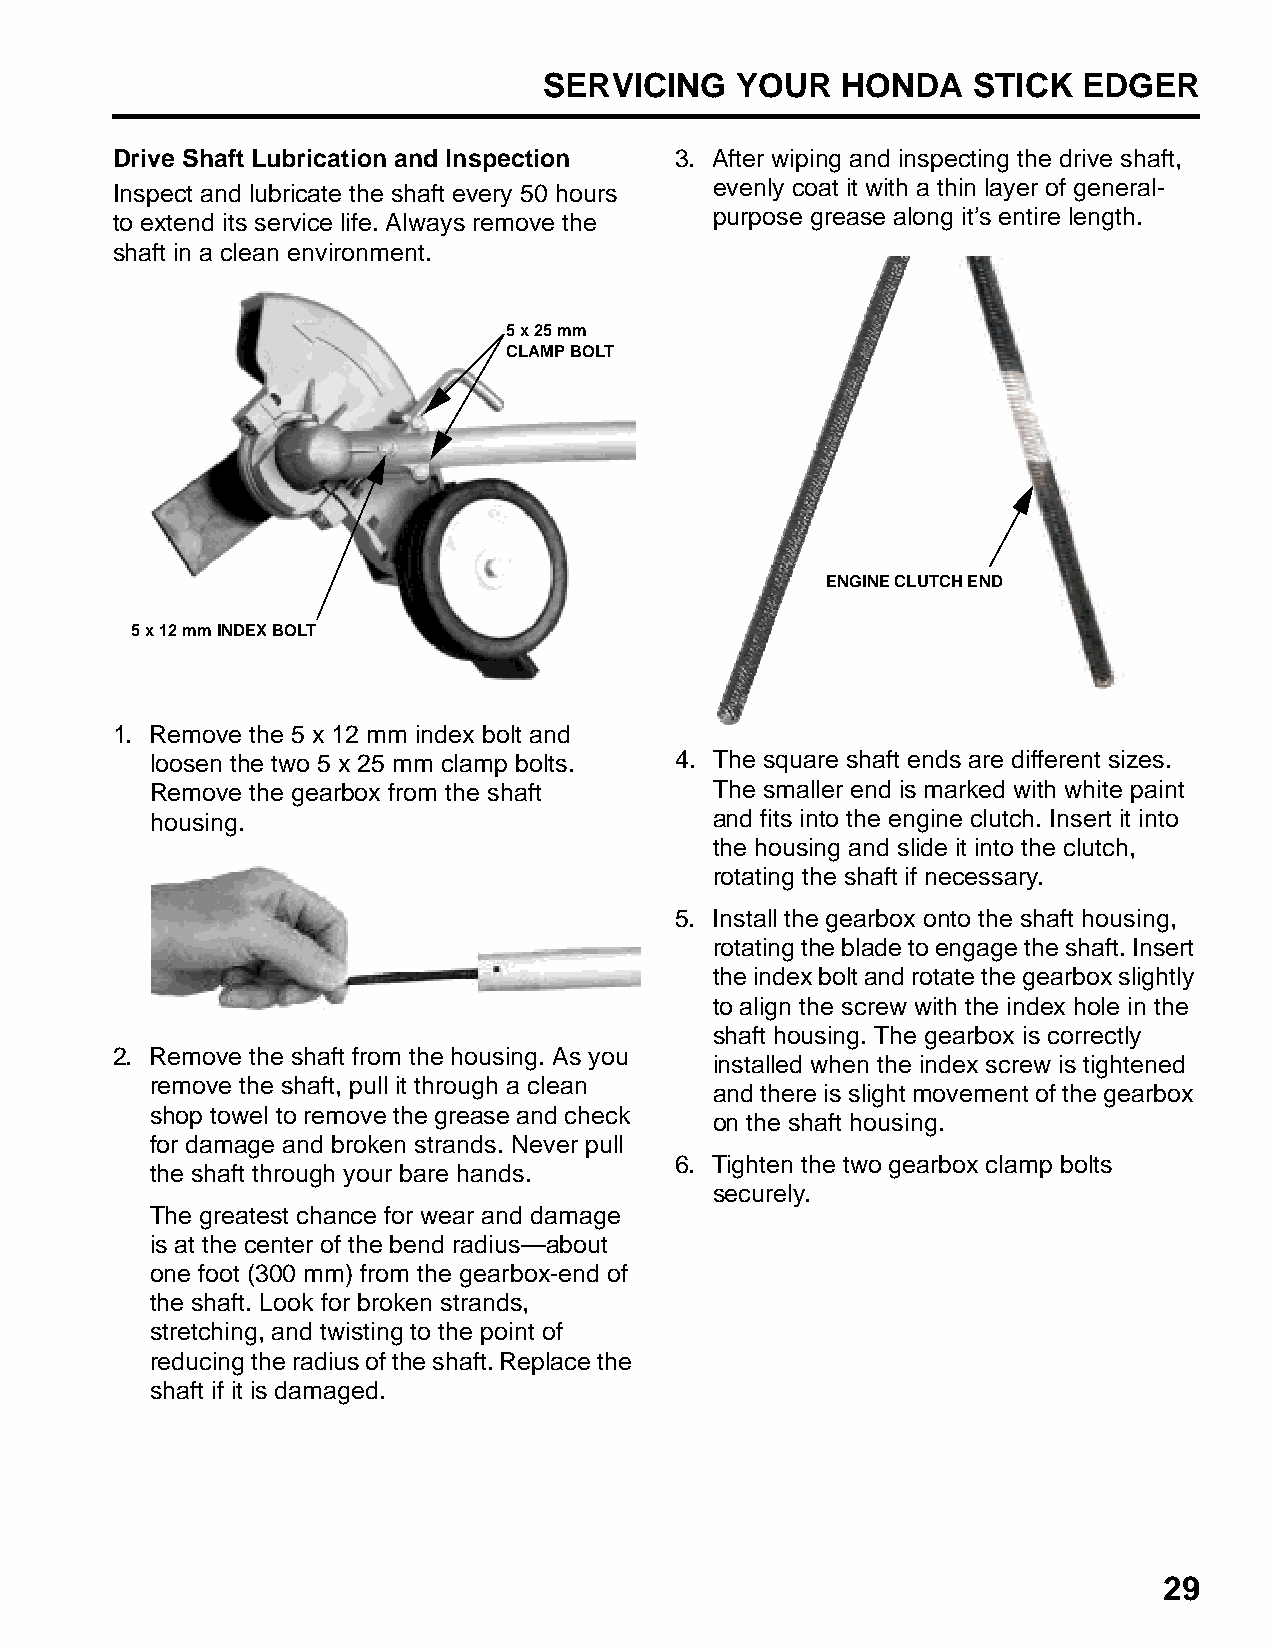
SERVICING    YOUR   HONDA   STICK   EDGER
 Drive Shaft Lubrication and Inspection 3. After wiping and inspecting the drive shaft,
 Inspect and lubricate the shaft every 50 hours evenly coat it with a thin layer of general-
 to extend its service life. Always remove the purpose grease along it’s entire length.
 shaft in a clean environment.
 5 x 25 mm
 CLAMP BOLT
 ENGINE CLUTCH END
 5 x 12 mm INDEX BOLT
 1. Remove the 5 x 12 mm index bolt and
 loosen the two 5 x 25 mm clamp bolts. 4. The square shaft ends are different sizes.
 Remove the gearbox from the shaft    The smaller end is marked with white paint
 housing.                             and fits into the engine clutch. Insert it into
 the housing and slide it into the clutch,
 rotating the shaft if necessary.
 5. Install the gearbox onto the shaft housing,
 rotating the blade to engage the shaft. Insert
 the index bolt and rotate the gearbox slightly
 to align the screw with the index hole in the
 shaft housing. The gearbox is correctly
 2. Remove the shaft from the housing. As you
 installed when the index screw is tightened
 remove the shaft, pull it through a clean
 and there is slight movement of the gearbox
 shop towel to remove the grease and check
 on the shaft housing.
 for damage and broken strands. Never pull
 6. Tighten the two gearbox clamp bolts
 the shaft through your bare hands.
 securely.
 The greatest chance for wear and damage
 is at the center of the bend radius—about
 one foot (300 mm) from the gearbox-end of
 the shaft. Look for broken strands,
 stretching, and twisting to the point of
 reducing the radius of the shaft. Replace the
 shaft if it is damaged.
 29